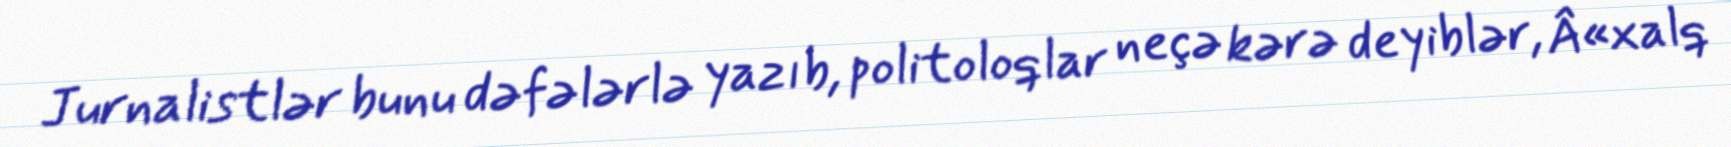
Jurnalistlər bunu dəfələrlə yazıb, politoloqlar neçə kərə deyiblər, Â«xalq